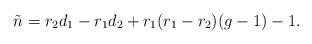
LaTeX: \begin{align*}\tilde{n} = r_2 d_1 - r_1 d_2 +r_1(r_1 - r_2)(g - 1) - 1.\end{align*}